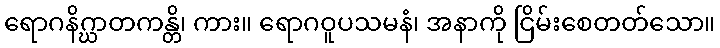
ရောဂနိဂ္ဃာတကန္တိ၊ ကား။ ရောဂဝူပသမနံ၊ အနာကို ငြိမ်းစေတတ်သော။